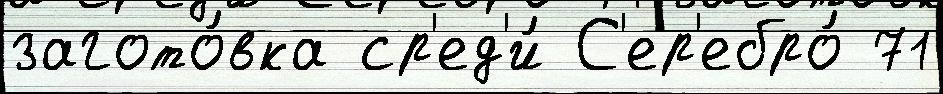
загото́вка ср'ед'и́ С'ер'ебро́ 71